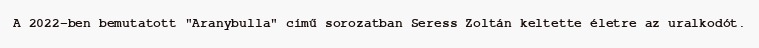
A 2022-ben bemutatott "Aranybulla" című sorozatban Seress Zoltán keltette életre az uralkodót.